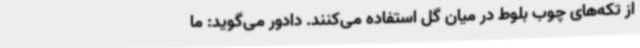
از تکه‌های چوب بلوط در میان گل استفاده می‌کنند. دادور می‌گوید: ما